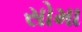
સોમા